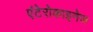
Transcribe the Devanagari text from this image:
एंटेरोकाइनेज